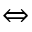
\Leftrightarrow